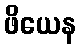
ဖိယေန